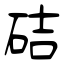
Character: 硈